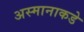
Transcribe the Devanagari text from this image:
अस्मानाकडे